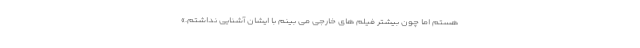
هستم اما چون بیشتر فیلم های خارجی می بینم با ایشان آشنایی نداشتم.»